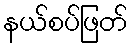
နယ်စပ်ဖြတ်